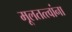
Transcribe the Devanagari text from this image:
मूलतत्त्वांना